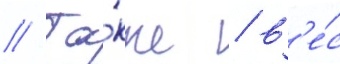
// Та́кже / в'е́с